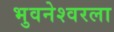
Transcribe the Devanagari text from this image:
भुवनेश्वरला